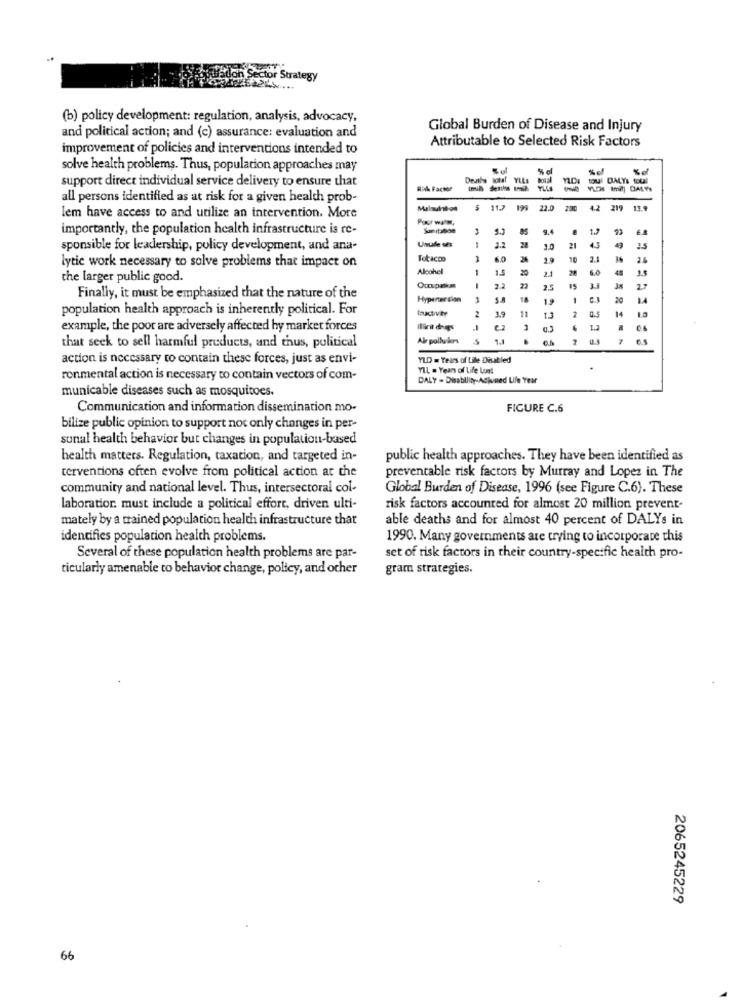
(b) policy development: regulation, analysis, advocacy,
Global Burden of Disease and Injury
and political action; and (c) assurance: evaluation and
Attributable to Selected Risk Factors
improvement of policies and interventions intended to
solve health problems. Thus, population approaches may
%c
%of
support direct individual service delivery to ensure that
O DALYS OUI
Rik Factor
92
vuDs tmilj DALY
all persons identified as at risk for a given health prob-
$ 11.7 199
22.0 200 4.2 219 13.9
lem have access to and utilize an intervention. More
importantly, the population health infrastructure is re-
sponsible for leadership, policy development, and ana-
3.2
28
3.0
lytic work necessary to solve problems that impact on
Totacco
-
60
26
2.0
10
2.
Alcohel
1
1.5
20
2.1
28
48
the larger public good.
25
15
Finally, it must be emphasized that the nature of the
Hypertension
-
S.A
18
1
20
population health approach is inherently political. For
2
19
11
14
1.3
2
example, the poor are adversely affected by market forces
Ilrit dogs
.1
1.2
that seek to sell harmful products, and thus, political
Alr pollwins
...... ...
action is necessary to contain these forces, just as envi-
YLD . Years of Lile Disabled
YIL . Years of Life Lunt
ronmental action is necessary to contain vectors of com-
DALY - Disability-Adiuned Life 'Year
municable diseases such as mosquitoes.
Communication and information dissemination mo-
FIGURE C.6
bilize public opinion to support not only changes in per-
sunal health behavior but changes in population-based
health matters. Regulation, taxation, and targeted in-
public health approaches. They have been identified as
preventable risk factors by Murray and Lopez in The
terventions often evolve from political action at the
community and national level. Thus, intersectoral col-
Global Burden of Disease, 1996 (see Figure C.6). These
laboration. must include a political effort, driven ulti-
risk factors accounted for almost 20 million prevent-
mately by a trained population health infrastructure that
able deaths and for almost 40 percent of DALY's in
identifies population health problems.
1990. Many governments are trying to incorporate this
Several of these population health problems are par-
set of risk factors in their country-specific health pro-
ticularly amenable to behavior change, policy, and other
gram strategies.
2065245229
66